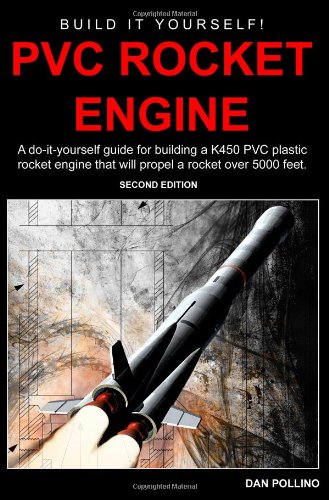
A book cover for PVC Rocket Engine: A do-it-yourself guide for building a K450 PVC plastic rocket engine.; Dan Pollino; Science & Math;